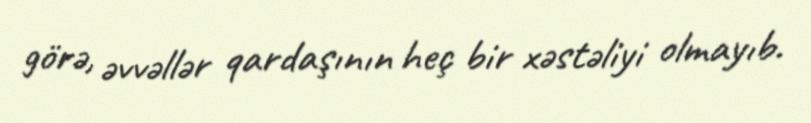
görə, əvvəllər qardaşının heç bir xəstəliyi olmayıb.